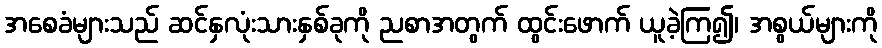
အစေခံများသည် ဆင်နှလုံးသားနှစ်ခုကို ညစာအတွက် ထွင်းဖောက် ယူခဲ့ကြ၍၊ အစွယ်များကို